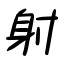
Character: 射